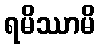
ရမိဿာမိ